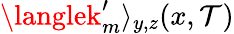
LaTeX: \langlek_{m}^{\prime}\rangle_{y,z}(x,\mathcal{T})